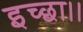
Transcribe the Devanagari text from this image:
इच्‍छा।।